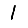
Digit: 1